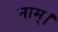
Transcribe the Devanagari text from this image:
नाम्।